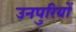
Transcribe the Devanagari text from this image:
उनपुरियों